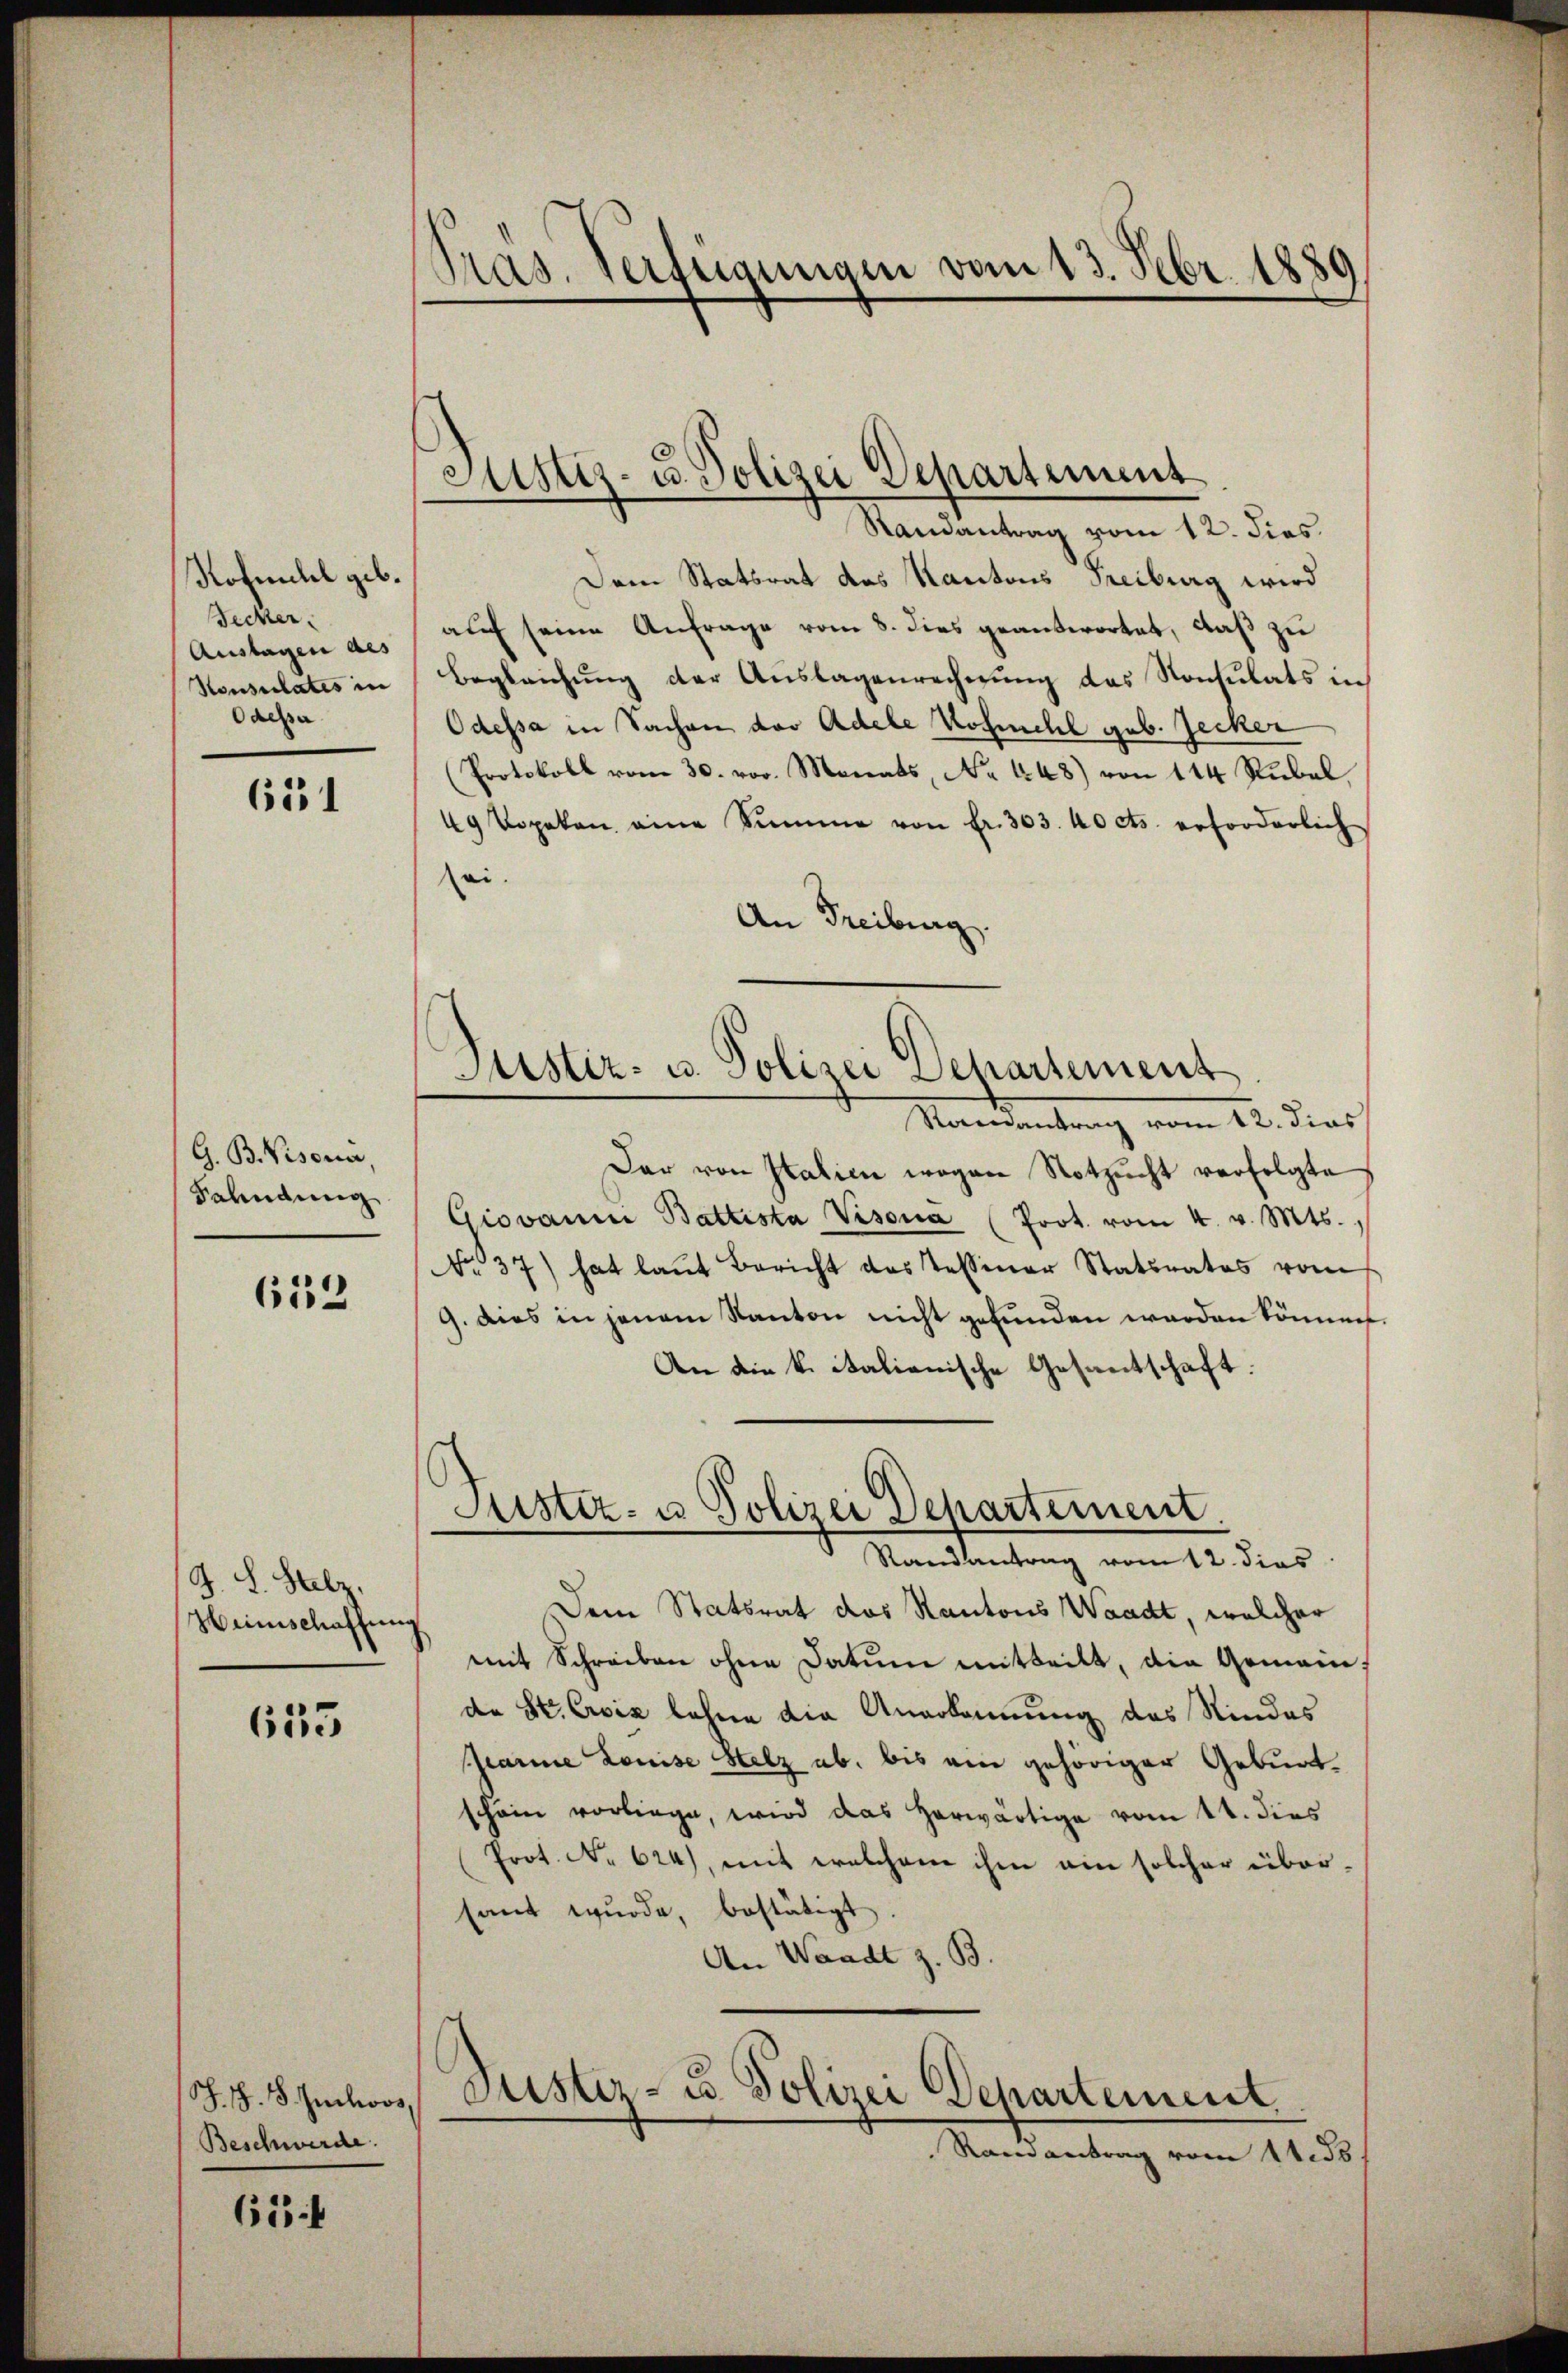
Rofehl geb.
Fecker.
Auslagen des
Konsulates in
Odesser

6531

G. B. Visona
Sahndung

612

J. L. Salz,
Heinschaffung

633

Sch. S. 18. Juchoos
Beschwerde.

653 f

Pras. Verfügungen vom 13. Febr. 1889

Justiz- u. Polizei Departement

Randantrag vom 12. dies
Dem Statsrat des Kantons Freiburg wird
auf seine Anfrage vom 8. dies geantwortet, daß zu
Begleichung der Auslagenrechnung das Konsulats in
Odessa in Sachen der Adele Rohmehl geb. Jecker
(Protokoll vom 30. vor. Monats, Nr. 448) von 144 Rubel,
49 Popeken eine Summe von fr. 303. 40 cts. erforderlich
sei.
An Freiburg.
Ramantrag vom 12. dies
Dar von Italien wegen Notzucht verfolgte
Giovan Battista Visona (Prot. vom 4. v. Mts.,
No 37) hat laut Bericht das Tessiner Statsrates vom
9. dies in jenem Kanton nicht gefunden werden können.
An die k. italienische Gesantschaft:
Justiz- u. Polizei Departement
Randantrag vom 12. dies
Dem Statsrat das Kantons Waadt, welcher
mit Schreiben ohne Datum mitteilt, die Gemeinde St. Civis lohne die Anerkennung des Kindes
Zearme Louise Holz ab, bis ein gehöriger Geburt
schön vorliege, wird das herwärtige vom 14. dies
Prot. No 624), mit erachen ihm ein solcher übersant wurde, bestätigt.
An Waadt z. B.
Justiz- u. Polizei Departement.
Ramantrag vom 14. ds

Justiz- u. Polizei Departement